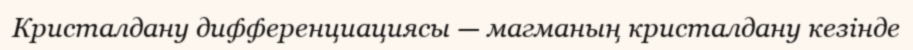
Кристалдану дифференциациясы — магманың кристалдану кезінде